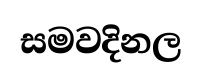
සමවදිනල